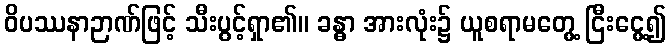
ဝိပဿနာဉာဏ်ဖြင့် သီးပွင့်ရှာ၏။ ခန္ဓာ အားလုံး၌ ယူစရာမတွေ့ ငြီးငွေ့၍